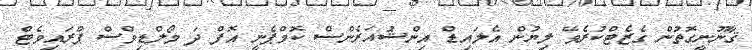
ޤާނޫނީގޮތުން ގެޒެޓްކުރެވޭ ލިޔުން އެލައިޑް އިންޝުއަރެންސް ކޮމްޕެނީ އޮފް ދަ މޯލްޑިވްސް ޕްރައިވެޓް